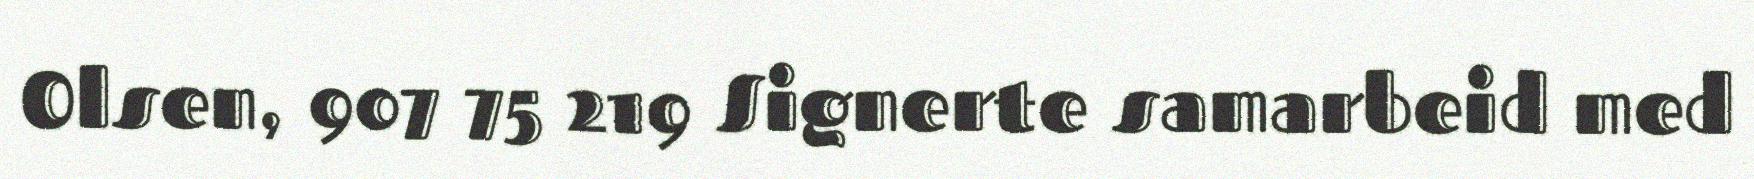
Olsen, 907 75 219 Signerte samarbeid med